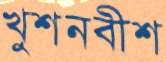
খুশনবীশ